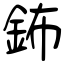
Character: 鈽